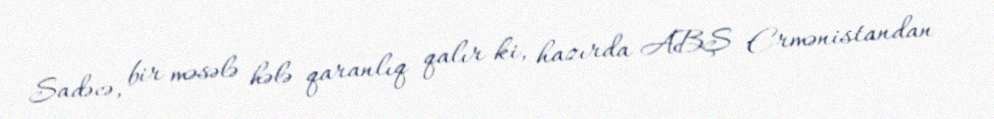
Sadəcə, bir məsələ hələ qaranlıq qalır ki, hazırda ABŞ Ermənistandan